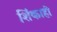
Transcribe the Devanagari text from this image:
शिंकाही